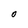
Character: O